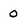
Character: 0